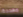
مهددة